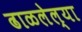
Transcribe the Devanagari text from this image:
ढाळलेल्या